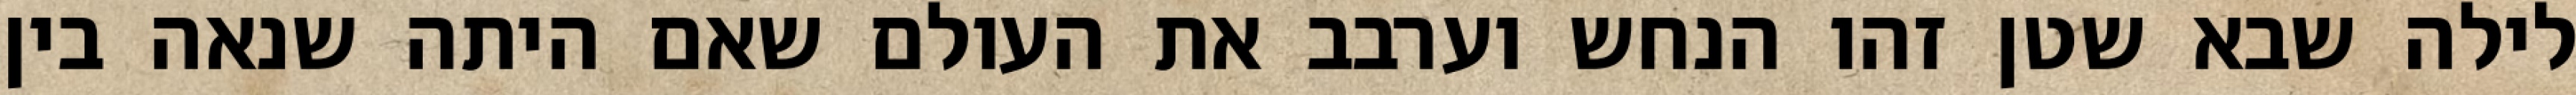
לילה שבא שטן זהו הנחש וערבב את העולם שאם היתה שנאה בין